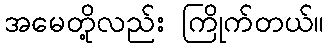
အမေတို့လည်း ကြိုက်တယ်။